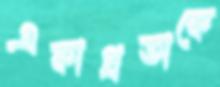
একাগ্রতাকে